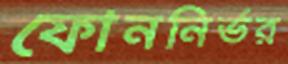
ফোননির্ভর